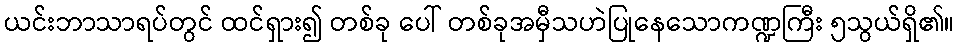
ယင်းဘာသာရပ်တွင် ထင်ရှား၍ တစ်ခု ပေါ် တစ်ခုအမှီသဟဲပြုနေသောကဏ္ဍကြီး ၅သွယ်ရှိ၏။